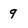
Character: 9